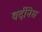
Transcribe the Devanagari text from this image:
वर्दीनेस